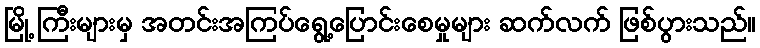
မြို့ ကြီးများမှ အတင်းအကြပ်ရွေ့ပြောင်းစေမှုများ ဆက်လက် ဖြစ်ပွားသည်။